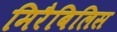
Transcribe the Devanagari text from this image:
मिरैबिलिस